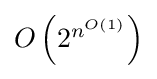
{\textstyle O\left(2^{n^{O(1)}}\right)}